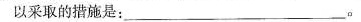
以采取的措施是：___。